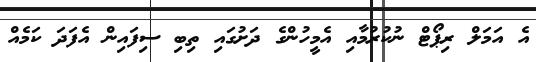
އެ އަމަލް ރިޕޯޓް ނުކުރުމާއި އެމީހުންގެ ދަށުގައި ތިބި ސިފައިން އެފަދަ ކަމެއް